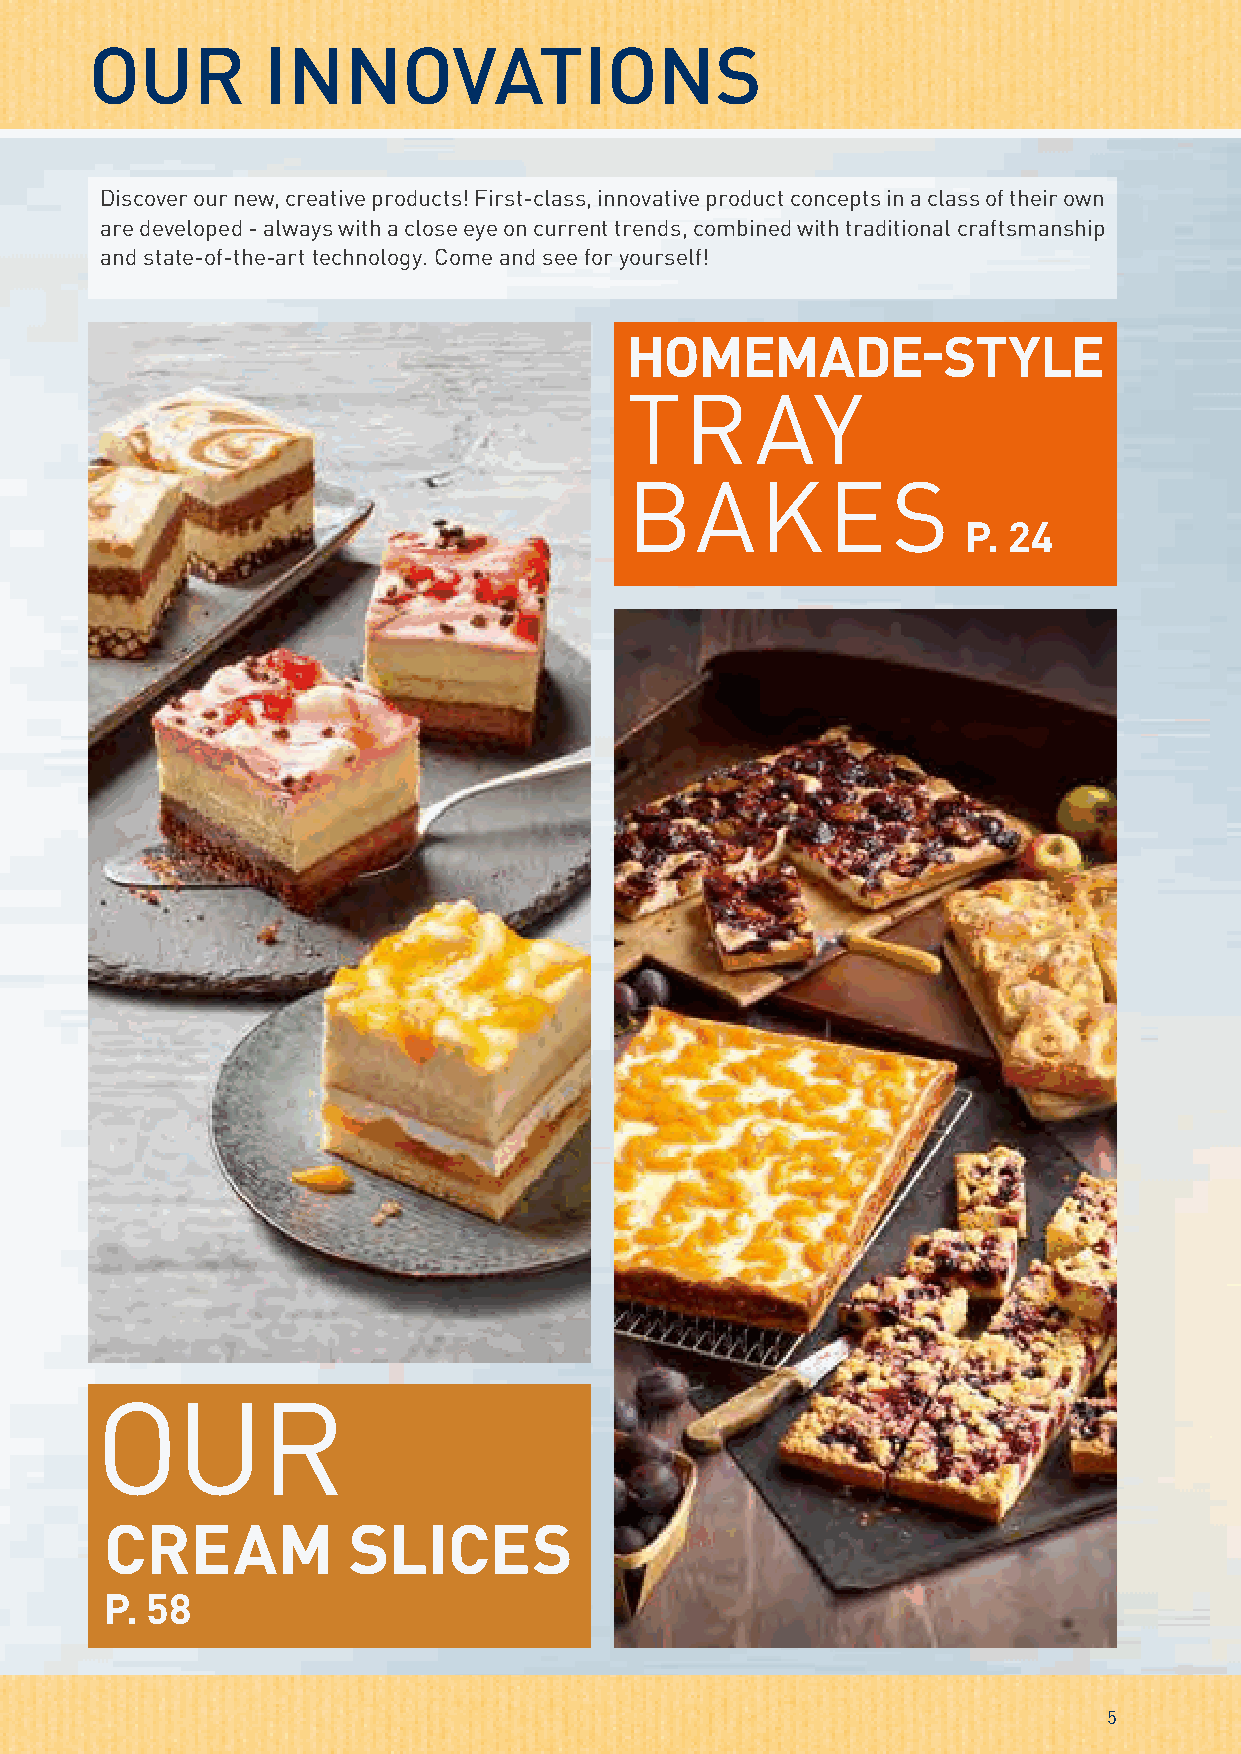
OUR        INNOVATIONS
 Discover our new, creative products! First-class, innovative product concepts in a class of their own
 are developed - always with a close eye on current trends, combined with traditional craftsmanship
 and state-of-the-art technology. Come and see for yourself!
 HOMEMADE-STYLE
 TR       AY
 BAKES
 P. 24
 OUR
 CREAM           SLICES
 P. 58
 5